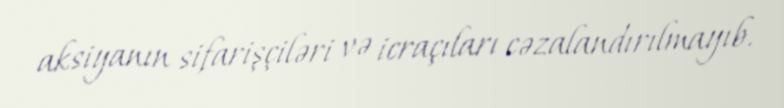
aksiyanın sifarişçiləri və icraçıları cəzalandırılmayıb.